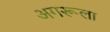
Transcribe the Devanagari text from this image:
अगरूला